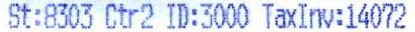
ST:8303 CTR2 ID:3000 TAXINV:14072